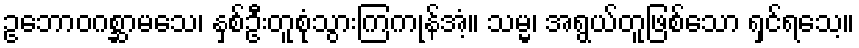
ဥဘောဝဂစ္ဆာမသေ၊ နှစ်ဦးတူစုံသွားကြကုန်အံ့။ သမ္မ၊ အရွယ်တူဖြစ်သော ရှင်ရသေ့။